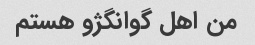
من اهل گوانگژو هستم